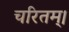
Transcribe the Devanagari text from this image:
चरितम्।